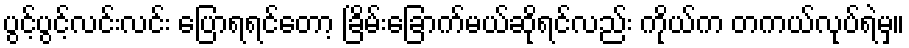
ပွင့်ပွင့်လင်းလင်း ပြောရရင်တော့ ခြိမ်းခြောက်မယ်ဆိုရင်လည်း ကိုယ်က တကယ်လုပ်ရဲမှ။